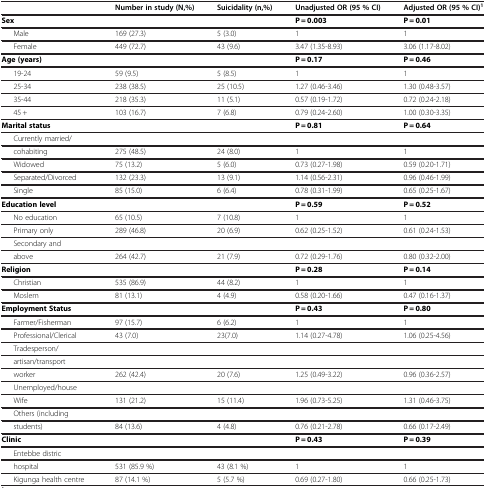
<table><thead><tr><td><b> </b></td><td><b>Number in study (N,%)</b></td><td><b>Suicidality (n,%)</b></td><td><b>Unadjusted OR (95 % CI)</b></td><td><b>Adjusted OR (95 % CI)<sup>1</sup></b></td></tr></thead><tbody><tr><td><b>Sex</b></td><td> </td><td> </td><td><b>P = 0.003</b></td><td><b>P = 0.01</b></td></tr><tr><td>Male </td><td>169 (27.3)</td><td>5 (3.0)</td><td>1</td><td>1</td></tr><tr><td>Female </td><td>449 (72.7)</td><td>43 (9.6)</td><td>3.47 (1.35-8.93)</td><td>3.06 (1.17-8.02)</td></tr><tr><td><b>Age (years)</b></td><td> </td><td> </td><td><b>P = 0.17</b></td><td><b>P = 0.46</b></td></tr><tr><td>19-24 </td><td>59 (9.5)</td><td>5 (8.5)</td><td>1</td><td>1</td></tr><tr><td>25-34 </td><td>238 (38.5)</td><td>25 (10.5)</td><td>1.27 (0.46-3.46)</td><td>1.30 (0.48-3.57)</td></tr><tr><td>35-44 </td><td>218 (35.3)</td><td>11 (5.1)</td><td>0.57 (0.19-1.72)</td><td>0.72 (0.24-2.18)</td></tr><tr><td>45 +</td><td>103 (16.7)</td><td>7 (6.8)</td><td>0.79 (0.24-2.60)</td><td>1.00 (0.30-3.35)</td></tr><tr><td><b>Marital status</b></td><td> </td><td> </td><td><b>P = 0.81</b></td><td><b>P = 0.64</b></td></tr><tr><td>Currently married/ </td><td> </td><td> </td><td> </td><td> </td></tr><tr><td>cohabiting </td><td>275 (48.5)</td><td>24 (8.0)</td><td>1</td><td>1</td></tr><tr><td>Widowed </td><td>75 (13.2)</td><td>5 (6.0)</td><td>0.73 (0.27-1.98)</td><td>0.59 (0.20-1.71)</td></tr><tr><td>Separated/Divorced </td><td>132 (23.3)</td><td>13 (9.1)</td><td>1.14 (0.56-2.31)</td><td>0.96 (0.46-1.99)</td></tr><tr><td>Single </td><td>85 (15.0)</td><td>6 (6.4)</td><td>0.78 (0.31-1.99)</td><td>0.65 (0.25-1.67)</td></tr><tr><td><b>Education level</b></td><td> </td><td> </td><td><b>P = 0.59</b></td><td><b>P = 0.52</b></td></tr><tr><td>No education </td><td>65 (10.5)</td><td>7 (10.8)</td><td>1</td><td>1</td></tr><tr><td>Primary only </td><td>289 (46.8)</td><td>20 (6.9)</td><td>0.62 (0.25-1.52)</td><td>0.61 (0.24-1.53)</td></tr><tr><td>Secondary and </td><td> </td><td> </td><td> </td><td> </td></tr><tr><td>above </td><td>264 (42.7)</td><td>21 (7.9)</td><td>0.72 (0.29-1.76)</td><td>0.80 (0.32-2.00)</td></tr><tr><td><b>Religion</b></td><td> </td><td> </td><td><b>P = 0.28</b></td><td><b>P = 0.14</b></td></tr><tr><td>Christian </td><td>535 (86.9)</td><td>44 (8.2)</td><td>1</td><td>1</td></tr><tr><td>Moslem </td><td>81 (13.1)</td><td>4 (4.9)</td><td>0.58 (0.20-1.66)</td><td>0.47 (0.16-1.37)</td></tr><tr><td><b>Employment Status</b></td><td> </td><td> </td><td><b>P = 0.43</b></td><td><b>P = 0.80</b></td></tr><tr><td>Farmer/Fisherman </td><td>97 (15.7)</td><td>6 (6.2)</td><td>1</td><td>1</td></tr><tr><td>Professional/Clerical </td><td>43 (7.0)</td><td>23(7.0)</td><td>1.14 (0.27-4.78)</td><td>1.06 (0.25-4.56)</td></tr><tr><td>Tradesperson/ </td><td> </td><td> </td><td> </td><td> </td></tr><tr><td>artisan/transport </td><td> </td><td> </td><td> </td><td> </td></tr><tr><td>worker </td><td>262 (42.4)</td><td>20 (7.6)</td><td>1.25 (0.49-3.22)</td><td>0.96 (0.36-2.57)</td></tr><tr><td>Unemployed/house </td><td> </td><td> </td><td> </td><td> </td></tr><tr><td>Wife </td><td>131 (21.2)</td><td>15 (11.4)</td><td>1.96 (0.73-5.25)</td><td>1.31 (0.46-3.75)</td></tr><tr><td>Others (including </td><td> </td><td> </td><td> </td><td> </td></tr><tr><td>students) </td><td>84 (13.6)</td><td>4 (4.8)</td><td>0.76 (0.21-2.78)</td><td>0.66 (0.17-2.49)</td></tr><tr><td><b>Clinic</b></td><td> </td><td> </td><td><b>P = 0.43</b></td><td><b>P = 0.39</b></td></tr><tr><td>Entebbe distric </td><td> </td><td> </td><td> </td><td> </td></tr><tr><td>hospital </td><td>531 (85.9 %)</td><td>43 (8.1 %)</td><td>1</td><td>1</td></tr><tr><td>Kigunga health centre </td><td>87 (14.1 %)</td><td>5 (5.7 %)</td><td>0.69 (0.27-1.80)</td><td>0.66 (0.25-1.73)</td></tr></tbody></table>